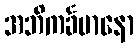
အဘိကင်္ခမာနော